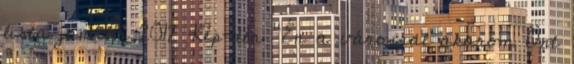
lista január 2012 Kép-tér "Én a várossal akarom Önt